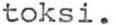
toksi.